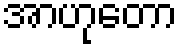
အာဟုတော